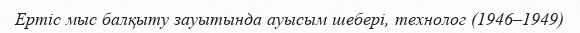
Ертіс мыс балқыту зауытында ауысым шебері, технолог (1946–1949)